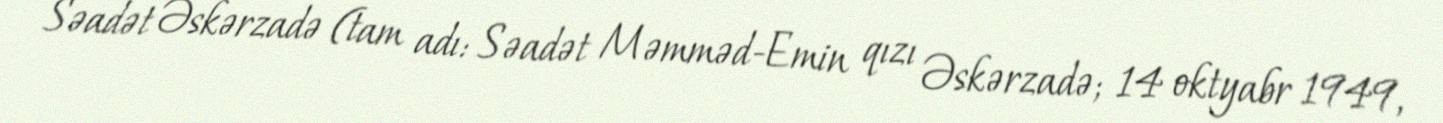
Səadət Əskərzadə (tam adı: Səadət Məmməd-Emin qızı Əskərzadə; 14 oktyabr 1949,